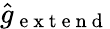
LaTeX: \widehat{g}_{\mathrm{~e~x~t~e~n~d~}}